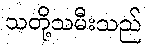
သတို့သမီးသည်